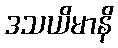
ဒသယိမာနိ